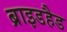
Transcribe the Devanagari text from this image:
ब्राइडहैड